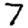
Digit: 7